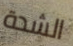
الشدة